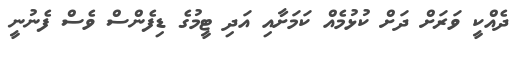
ދެއްކީ ވަރަށް ދަށް ކުޅުމެއް ކަމަށާއި އަދި ޓީމުގެ ޑިފެންސް ވެސް ފެނުނީ